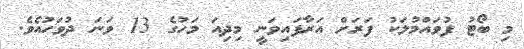
މި ބޯޓު ފުވައްމުލަކު ފަރަށް އަރާފައިވަނީ މިދިއަ މަހުގެ 13 ވަނަ ދުވަހުއެވެ.